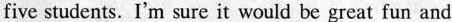
five students. I'm sure it would be great fun and